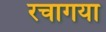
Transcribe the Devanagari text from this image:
रचागया